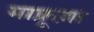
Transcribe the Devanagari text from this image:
माफ्रूज़ा